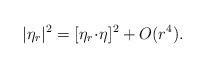
LaTeX: \begin{align*} |\eta_r|^2 = [\eta_r \!\cdot\! \eta ]^2 + O(r^4).\end{align*}